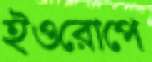
ইওরোপে